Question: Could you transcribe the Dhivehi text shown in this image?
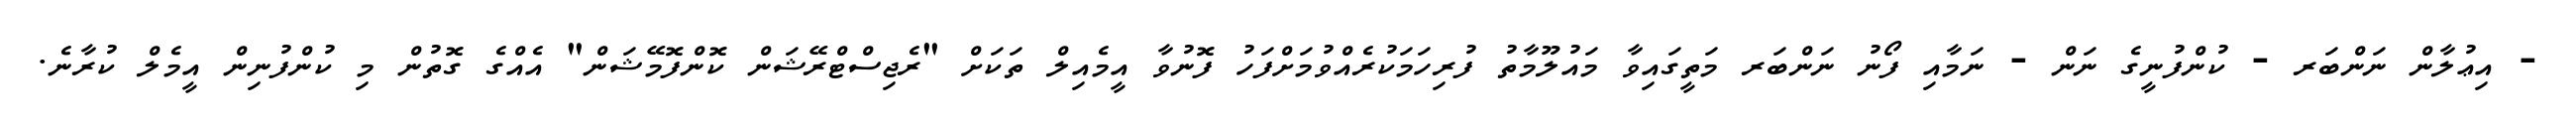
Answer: - އިޢުލާން ނަންބަރ - ކުންފުނީގެ ނަން - ނަމާއި ފޯނު ނަންބަރ މަތީގައިވާ މައުލޫމާތު ފުރިހަމަކުރެއްވުމަށްފަހު ފޮނުވާ އީމެއިލް ތަކަށް "ރެޖިސްޓްރޭޝަން ކޮންފޮމޭޝަން" އެއްގެ ގޮތުން މި ކުންފުނިން އީމެލް ކުރާނެ.